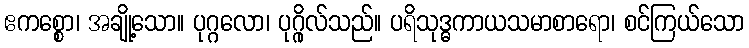
ဧကစ္စော၊ အချို့သော။ ပုဂ္ဂလော၊ ပုဂ္ဂိုလ်သည်။ ပရိသုဒ္ဓကာယသမာစာရော၊ စင်ကြယ်သော